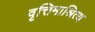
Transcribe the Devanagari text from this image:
वृत्तिमाश्रित्य